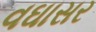
વઘાસર